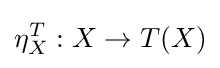
\eta _{X}^{T}:X\to T(X)